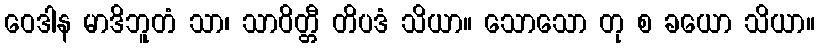
ဝေဒါန မာဒိဘူတံ သာ၊ သာဝိတ္တီ တိပဒံ သိယာ။ သောသော တု စ ခယော သိယာ။